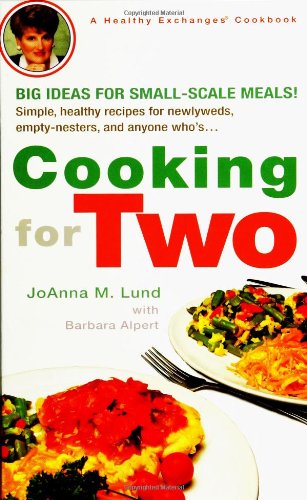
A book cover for Cooking for Two (Healthy Exchanges Cookbook); JoAnna M. Lund; Cookbooks, Food & Wine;